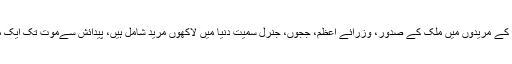
شری ستیا سائی بابا جن کے مریدوں میں ملک کے صدور، وزرائے اعظم، ججوں، جنرل سمیت دنیا میں لاکھوں مرید شامل ہیں، پیدائش سےموت تک ایک متنازعہ شخصیت رہے۔